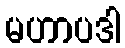
မဟာပဒါ